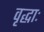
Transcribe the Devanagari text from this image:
वृद्धाः